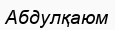
Абдулқаюм